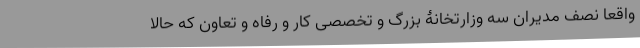
واقعا نصف مدیران سه وزارتخانۀ بزرگ و تخصصی کار و رفاه و تعاون که حالا